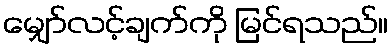
မျှော်လင့်ချက်ကို မြင်ရသည်။